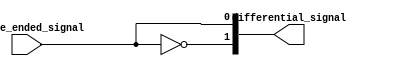
module differential_buffer (
    input single_ended_signal,
    output [1:0] differential_signal
);

assign differential_signal[0] = single_ended_signal;
assign differential_signal[1] = ~single_ended_signal;

endmodule